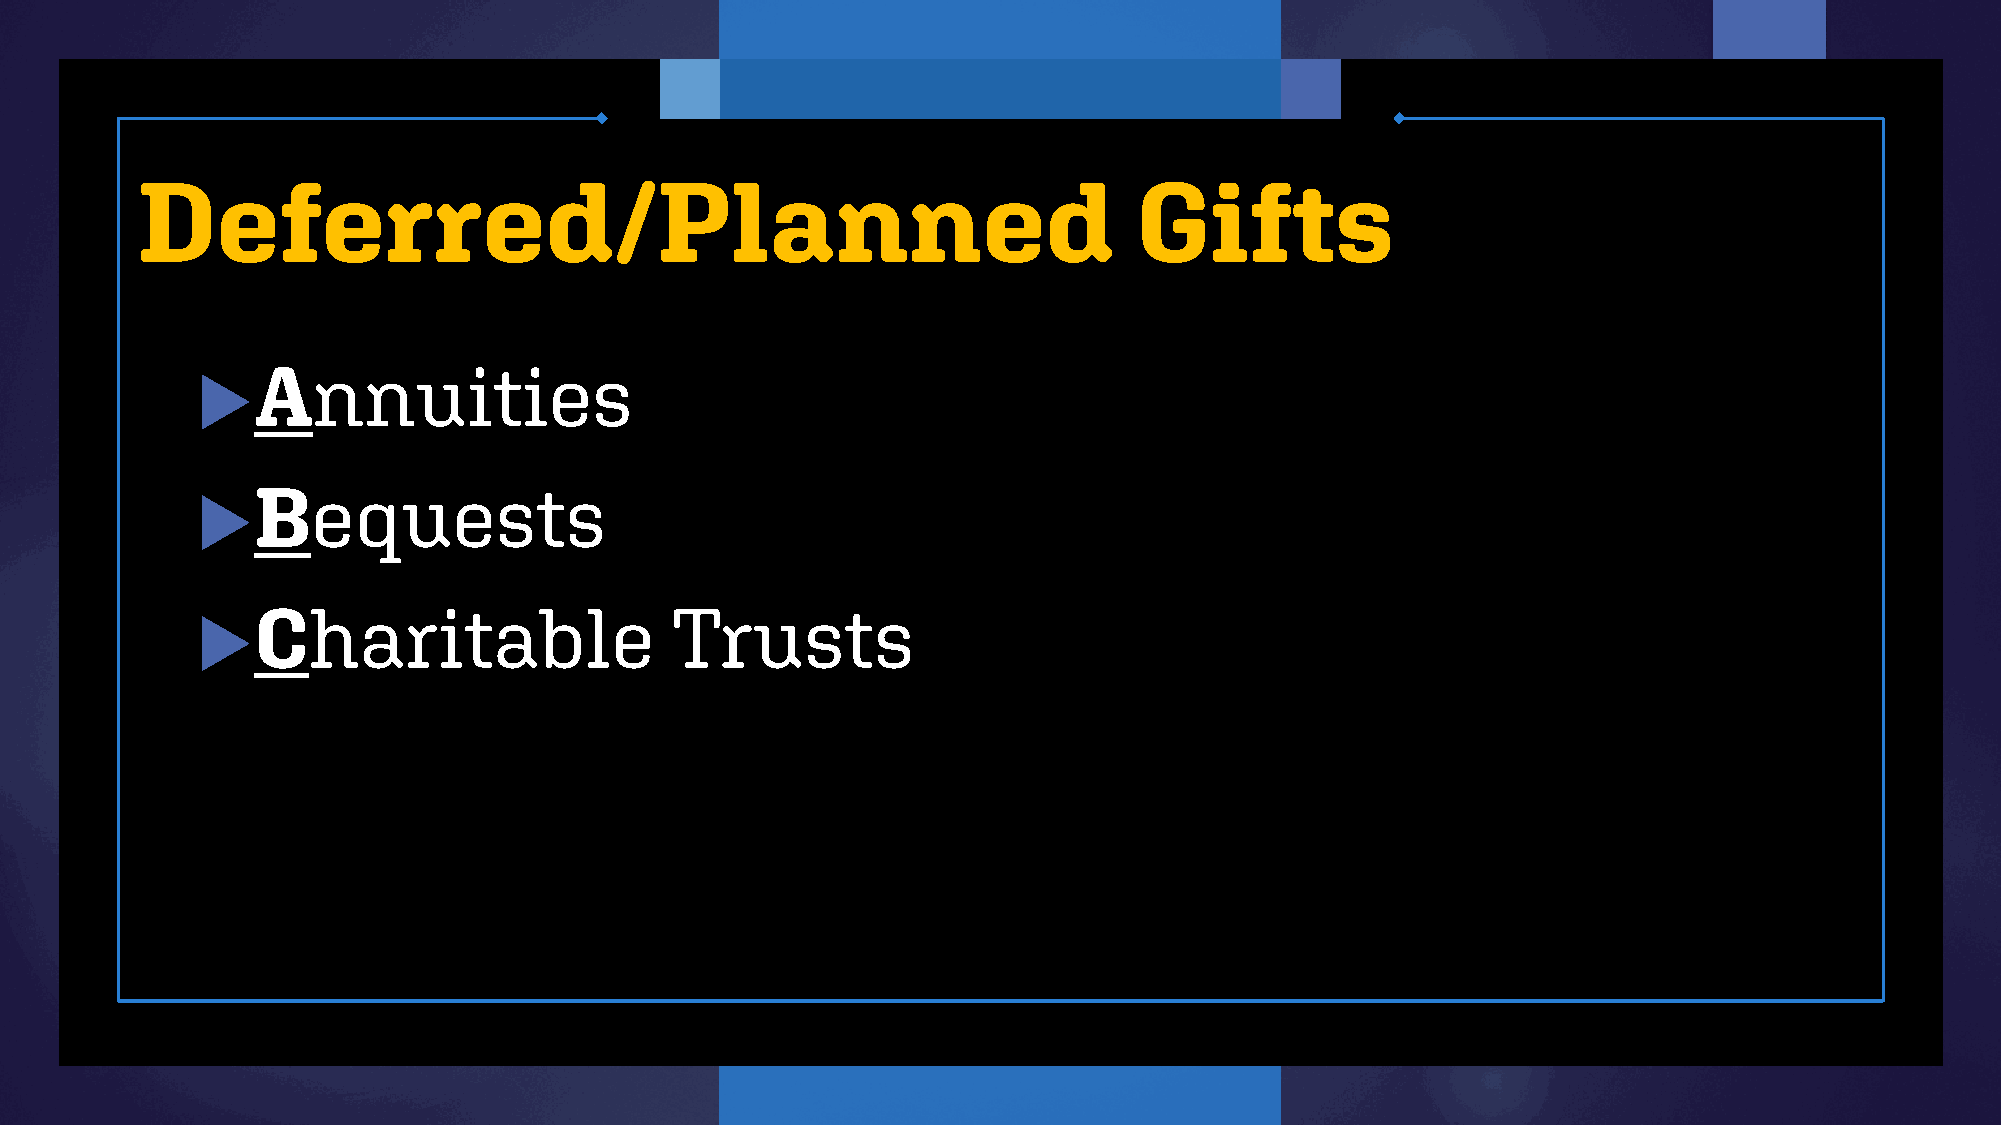
Deferred/Planned                                                  Gifts
 Annuities
 
 Bequests
 
 Charitable                 Trusts
 